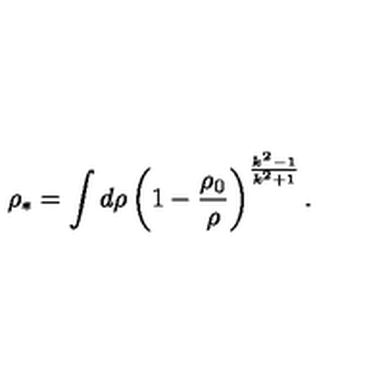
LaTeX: \rho _ { * } = \int d \rho \left( 1 - \frac { \rho _ { 0 } } { \rho } \right) ^ { \frac { k ^ { 2 } - 1 } { k ^ { 2 } + 1 } } .